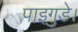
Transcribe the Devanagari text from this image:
पाइगुडे।